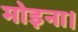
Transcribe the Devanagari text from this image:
मोड़ना।